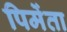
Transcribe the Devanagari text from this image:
पिमेंता